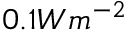
0 . 1 W m ^ { - 2 }